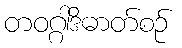
တဝဂ္ဂါဒိဓာတ်စဉ်